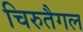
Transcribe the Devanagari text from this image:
चिरुतैगल